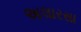
અલારસા